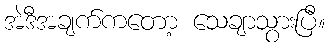
အဲဒီအချက်ကတော့ သေချာသွားပြီ။